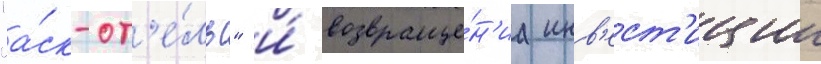
"а́ск-от'е́ль" и́ возвраще́н'иа инв'ест'иции